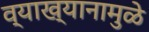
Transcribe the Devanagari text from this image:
व्याख्यानामुळे